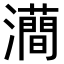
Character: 𤃦